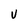
Character: U